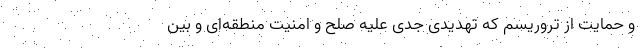
و حمایت از تروریسم که تهدیدی جدی علیه صلح و امنیت منطقه‌ای و بین